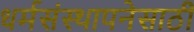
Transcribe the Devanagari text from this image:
धर्मसंस्थापनेसाठी